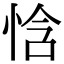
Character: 㤷